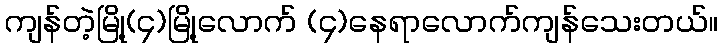
ကျန်တဲ့မြို့(၄)မြို့လောက် (၄)နေရာလောက်ကျန်သေးတယ်။